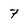
Character: 7